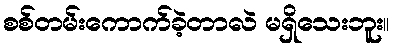
စစ်တမ်းကောက်ခဲ့တာလဲ မရှိသေးဘူး။